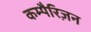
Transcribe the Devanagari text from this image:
कम्पैरिज़न